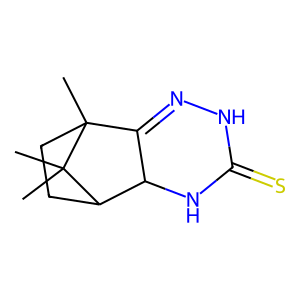
SMILES: CC12CCC(C3NC(=S)NN=C31)C2(C)C
Inhibits HIV replication: No